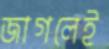
জাগলেই